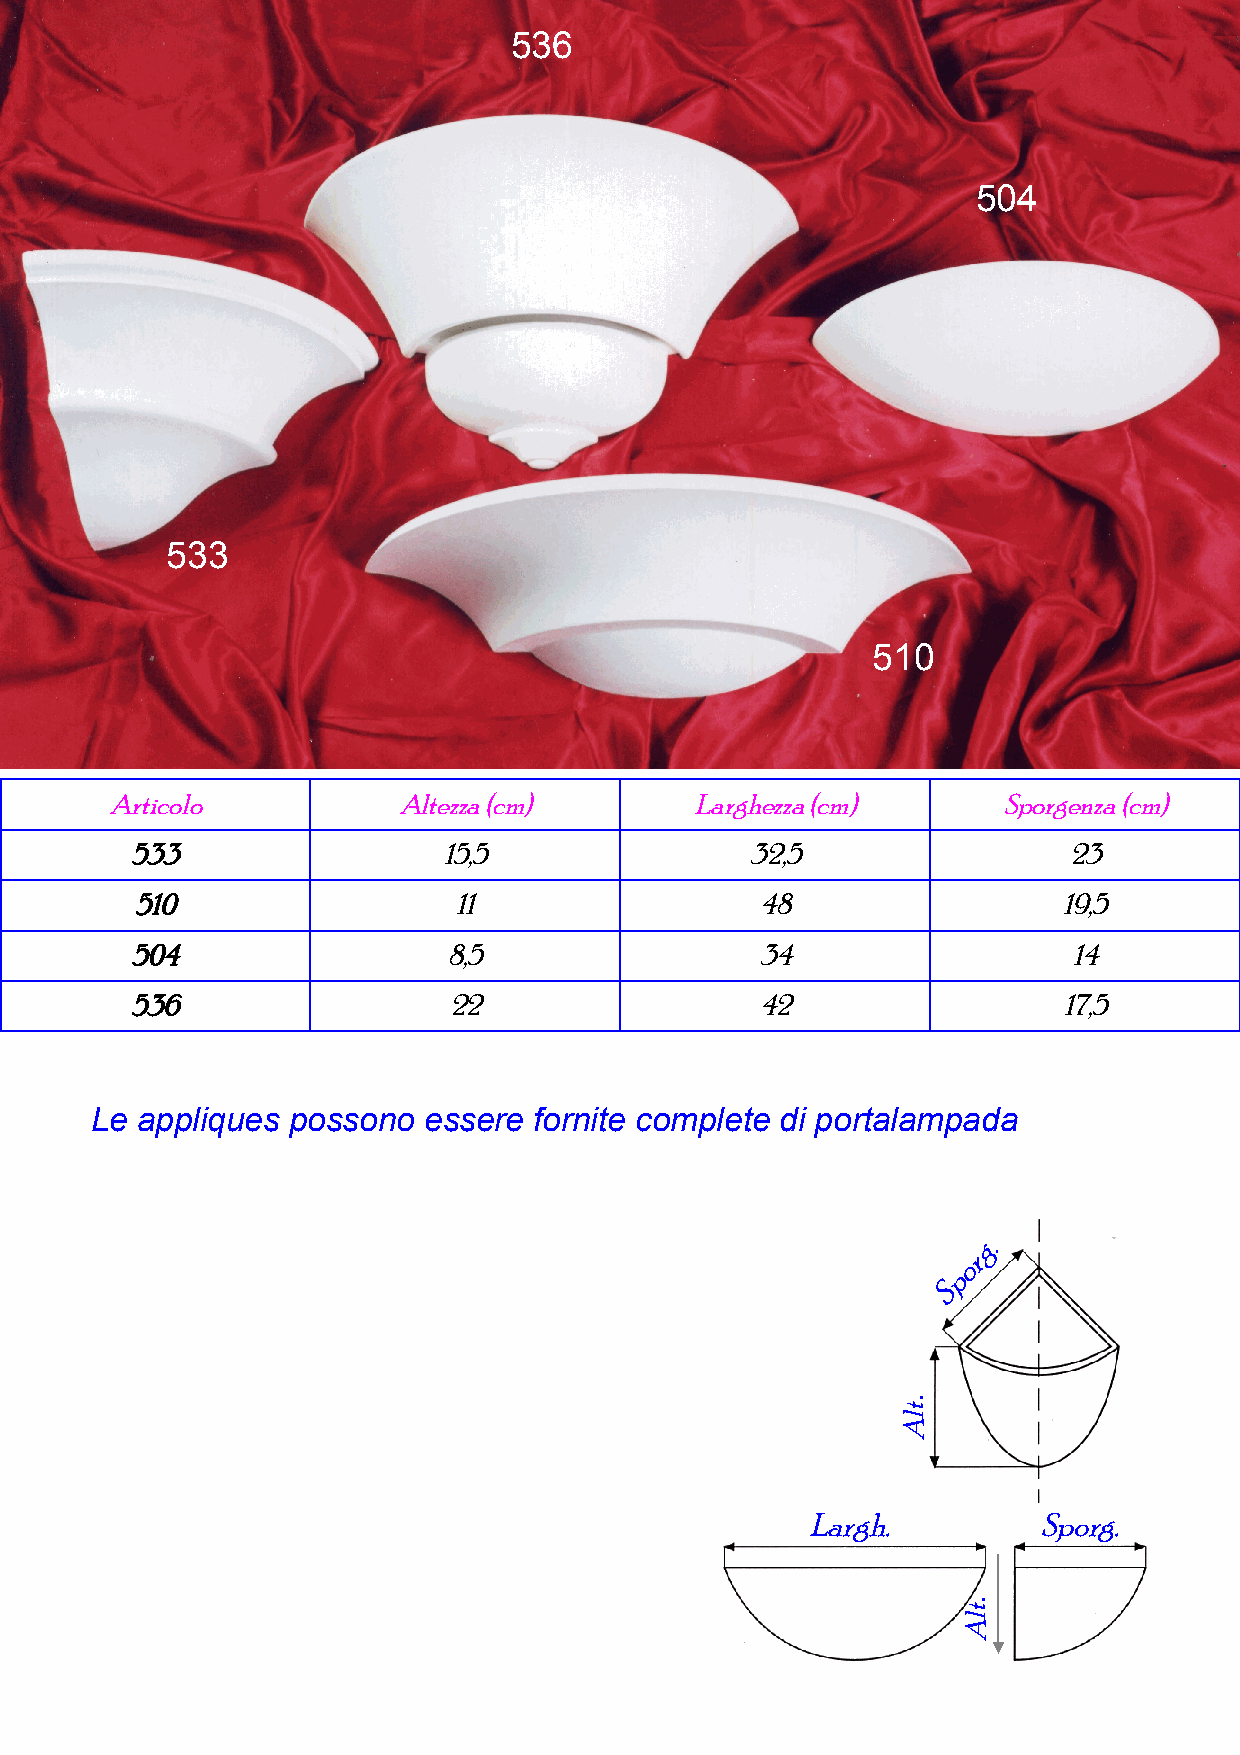
536
 504
 533
 510
 Articolo           Altezza (cm)        Larghezza (cm)      Sporgenza (cm)
 533                 15,5                 32,5                 23
 510                  11                  48                  19,5
 504                  8,5                 34                   14
 536                  22                  42                  17,5
 Le appliques possono  essere fornite complete di portalampada
 g.
 r
 o
 p
 S
 .
 Largh.          Sporg.
 .
 tlA
 tlA